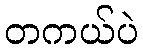
တကယ်ပဲ